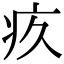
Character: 疚